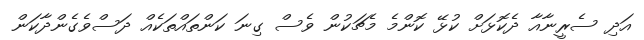
އަދި ސެރީނާއާ ދެކޮޅަށް ކުޅޭ ކޮންމެ މެޗަކުން ވެސް ގިނަ ކަންތައްތަކެއް ދަސްވެގެންދާކަން